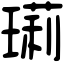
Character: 㻳